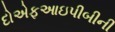
દોએફઆઇપીબીની